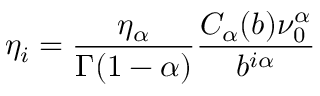
\eta _ { i } = \frac { \eta _ { \alpha } } { \Gamma ( 1 - \alpha ) } \frac { C _ { \alpha } ( b ) \nu _ { 0 } ^ { \alpha } } { b ^ { i \alpha } }